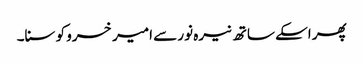
پھر اسکے ساتھ نیرہ نور سے امیر خسرو کو سنا۔